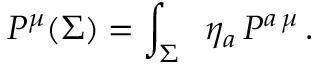
P ^ { \mu } ( \Sigma ) = \int _ { \Sigma } \; \; \eta _ { a } \, { \cal P } ^ { a \, \mu } \, .